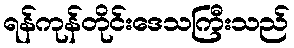
ရန်ကုန်တိုင်းဒေသကြီးသည်